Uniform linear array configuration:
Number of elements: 64
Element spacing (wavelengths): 0.75
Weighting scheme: cosine
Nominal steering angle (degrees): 60
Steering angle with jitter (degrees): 61.907
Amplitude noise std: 0.05
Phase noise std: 0.05

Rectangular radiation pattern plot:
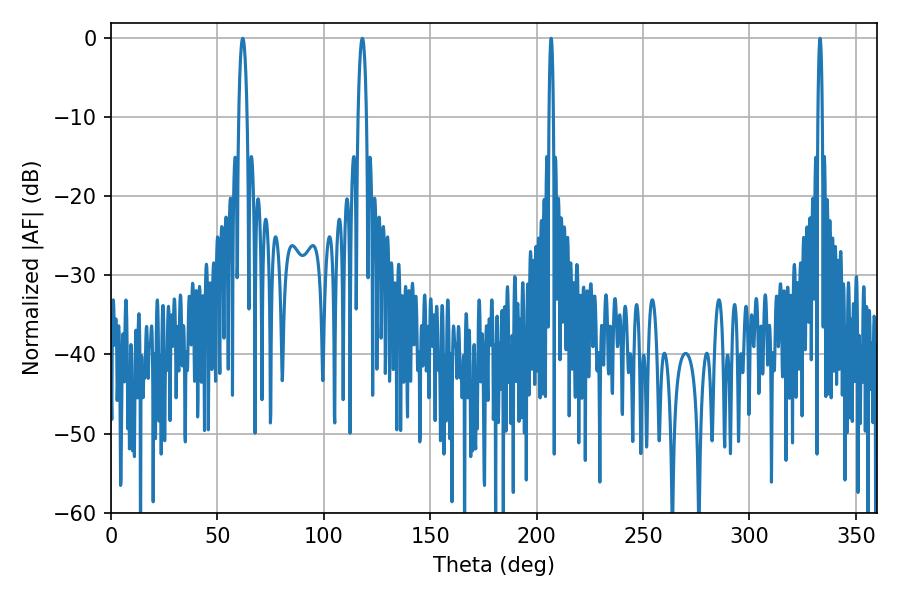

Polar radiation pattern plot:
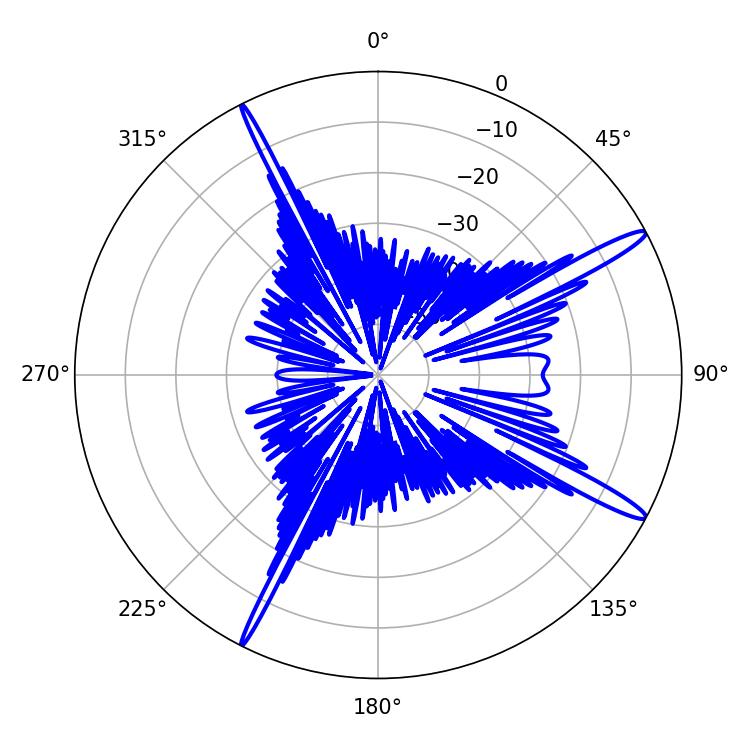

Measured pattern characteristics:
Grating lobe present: TRUE
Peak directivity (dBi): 15.403
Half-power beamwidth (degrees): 1.08
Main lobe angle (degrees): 206.82